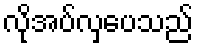
လိုအပ်လှပေသည်